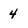
Character: 4